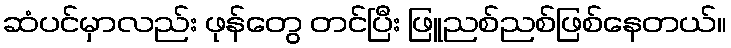
ဆံပင်မှာလည်း ဖုန်တွေ တင်ပြီး ဖြူညစ်ညစ်ဖြစ်နေတယ်။